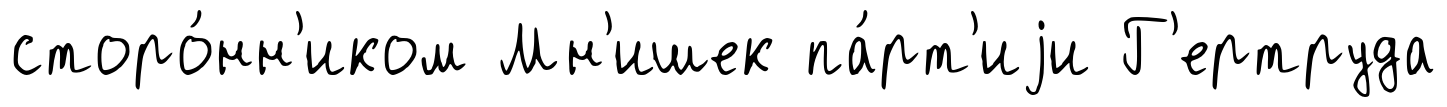
сторо́нн'иком Мн'ишек па́рт'иjи Г'ертруда